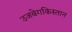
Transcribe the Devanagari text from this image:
उजबेगकिस्तान